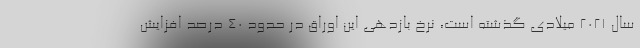
سال ۲۰۲۱ میلادی گذشته است، نرخ بازدهی این اوراق در حدود ۴۰ درصد افزایش